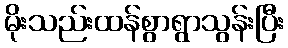
မိုးသည်းထန်စွာရွာသွန်းပြီး